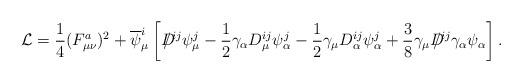
LaTeX: \begin{align*}{\cal L}=\frac{1}{4}(F_{\mu \nu }^{a})^{2}+\overline{\psi }_{\mu }^{i}\left[D\!\!\!\!\slash^{ij}\psi _{\mu }^{j}-\frac{1}{2}\gamma _{\alpha }D_{\mu}^{ij}\psi _{\alpha }^{j}-\frac{1}{2}\gamma _{\mu }D_{\alpha }^{ij}\psi_{\alpha }^{j}+\frac{3}{8}\gamma _{\mu }D\!\!\!\!\slash^{ij}\gamma _{\alpha}\psi _{\alpha }\right] .\end{align*}